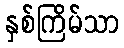
နှစ်ကြိမ်သာ